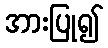
အားပြု၍